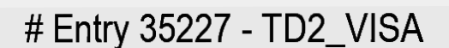
# Entry 35227 - TD2_VISA